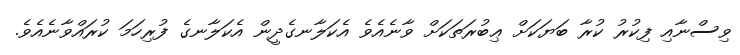
ވިސްނާއި ފިކުރު ކުރާ ބަޔަކަށް ޢިބުރަތަކަށް ވާނެއެވެ އެކަލާނގެދީން އެކަލާނގެ ފުރިހަމަ ކުރައްވާނެއެވެ.